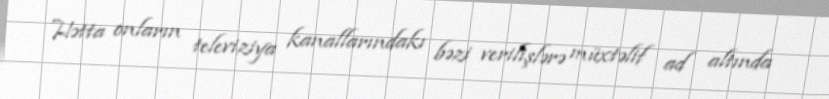
Hətta onların televiziya kanallarındakı bəzi verilişlərə müxtəlif ad altında